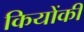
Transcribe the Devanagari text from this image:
कियोंकी